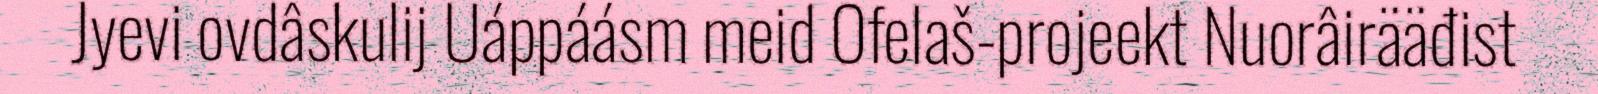
Jyevi ovdâskulij Uáppáásm meid Ofelaš-projeekt Nuorâirääđist